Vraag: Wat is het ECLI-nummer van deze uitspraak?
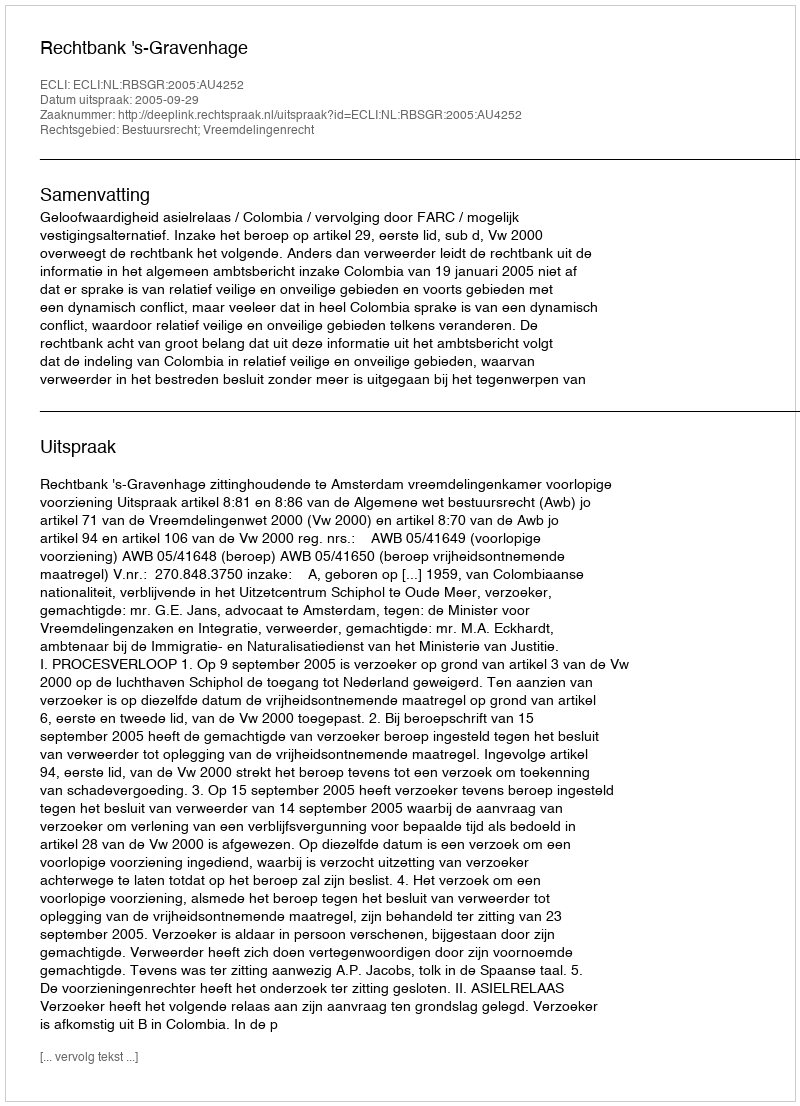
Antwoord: ECLI:NL:RBSGR:2005:AU4252